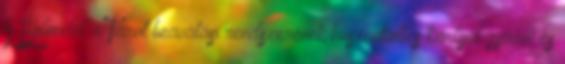
A Bolondot a Tarot beavatási rendszerének huszonkettes kártyalapjáról és